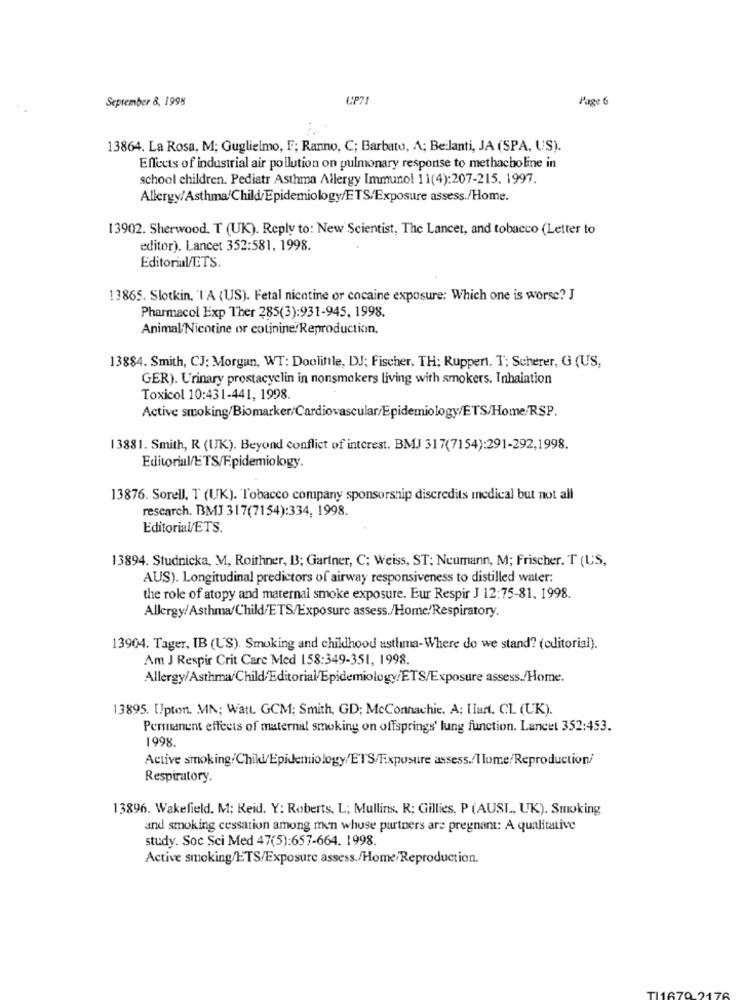
September 8, 1998
UP71
Page 6
13864. La Rosa, M; Guglielmo, F; Ranno, C; Barbato, A; Beilanti, JA (SPA, US).
Effects of industrial air pollution on pulmonary response to methacholine in
school children. Pediatr Asthma Allergy Immunol 11(4):207-215. 1997.
Allergy/Asthma/Child/Epidemiology/ETS/Exposure assess./Home.
13902. Sherwood. T (UK). Reply to: New Scientist, The Lancet, and tobacco (Letter to
editor). Lancet 352:581. 1998.
Editorial/ETS.
13865. Slotkin, 'I'A (US). Fetal nicotine or cocaine exposure: Which one is worse? J
Pharmacol Exp Ther 285(3):931-945, 1998.
Animal/Nicotine or cotinine Reproduction.
13884. Smith, CJ: Morgan, WT: Doolittle, DJ; Fischer, TH: Ruppert, T': Scherer, G (US,
GER). Urinary prostacyclin in nonsmokers living with smokers. Inhalation
Toxicol 10:431-441, 1998.
Active smoking/Biomarker/Cardiovascular/Epidemiology/ETS/Home/RSP.
13881. Smith, R (UK). Beyond conflict of interest. BMJ 317(7154):291-292,1998.
Editorial/ETS/Epidemiology.
13876. Sorell, T (UK). Tobacco company sponsorship discredits medical but not all
research. BMJ 317(7154):334, 1998.
Editorial/ETS.
13894. Studnicka, M, Roithner, B; Gartner, C; Weiss, ST; Neumann, M; Frischer. T (US,
AUS). Longitudinal predictors of airway responsiveness to distilled water:
the role of atopy and maternal smoke exposure. Eur Respir J 12:75-81. 1998.
Allergy/Asthma/Child/ETS/Exposure assess./Home/Respiratory.
13904. Tager, IB (US). Smoking and chillhood asthma-Where do we stand? (editorial).
Am J Respir Crit Care Med 158:349-351, 1998.
Allergy/Asthma/Child/Editorial/Epidemiology/ETS/Exposure assess./Home.
13895. Upton. MN; Watt. GCM; Smith, GD; McConnachie, A; IIart. CL (UK).
Permanent effects of maternal smoking on offsprings' lung function. Lancet 352:453.
1998.
Active smoking/Child/Epidemiology/ETS/Exposure assess./1 lome/Reproductioni
Respiratory.
13896. Wakefield. M; Reid. Y: Roberts, L; Mullins. R; Gillies, P (AUSL, UK). Smoking
and smoking cessation among men whuse partners are pregnant: A qualitative
study. Soc Sci Med 47(5):657-664. 1998.
Active smoking/ETS/Exposure assess./Home/Reproduction.